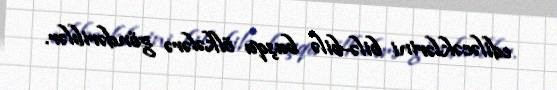
ediləcəklərini bilə-bilə başqa ölkələrə göndəriblər.